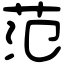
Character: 范